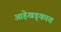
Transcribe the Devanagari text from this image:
आहेखड्कात